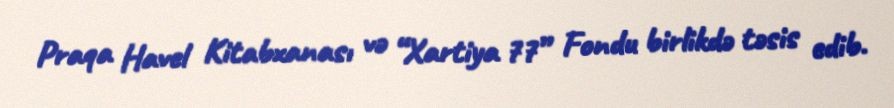
Praqa Havel Kitabxanası və “Xartiya 77” Fondu birlikdə təsis edib.